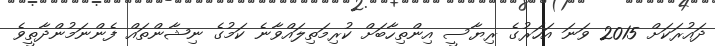
ދައުރަކަށް 2015 ވަނަ އަހަރުގެ ރިޔާސީ އިންތިހާބަށް ކުރިމަތިލައްވާނެ ކަމުގެ ނިޝާންތައް ފެންނަމުންދާތީވެ